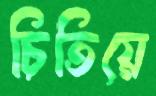
চিতিয়ে